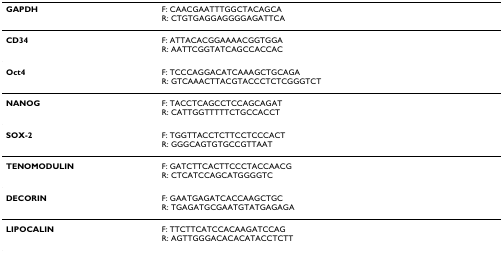
<table><thead><tr><td><b>GAPDH</b></td><td><b>F: CAACGAATTTGGCTACAGCAR: CTGTGAGGAGGGGAGATTCA</b></td></tr></thead><tbody><tr><td><b>CD34</b></td><td>F: ATTACACGGAAAACGGTGGAR: AATTCGGTATCAGCCACCAC</td></tr><tr><td><b>Oct4</b></td><td>F: TCCCAGGACATCAAAGCTGCAGAR: GTCAAACTTACGTACCCTCTCGGGTCT</td></tr><tr><td><b>NANOG</b></td><td>F: TACCTCAGCCTCCAGCAGATR: CATTGGTTTTTCTGCCACCT</td></tr><tr><td><b>SOX-2</b></td><td>F: TGGTTACCTCTTCCTCCCACTR: GGGCAGTGTGCCGTTAAT</td></tr><tr><td><b>TENOMODULIN</b></td><td>F: GATCTTCACTTCCCTACCAACGR: CTCATCCAGCATGGGGTC</td></tr><tr><td><b>DECORIN</b></td><td>F: GAATGAGATCACCAAGCTGCR: TGAGATGCGAATGTATGAGAGA</td></tr><tr><td><b>LIPOCALIN</b></td><td>F: TTCTTCATCCACAAGATCCAGR: AGTTGGGACACACATACCTCTT</td></tr></tbody></table>